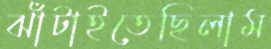
ঝাঁটাইতেছিলাম